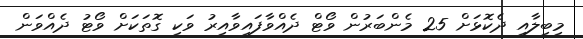
މިބިލާއި ދެކޮޅަށް 25 މެންބަރުން ވޯޓް ދެއްވާފައިވާއިރު ވަކި ގޮތަކަށް ވޯޓު ދެއްވަން